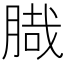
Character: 𦞁